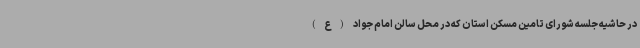
در حاشیه جلسه شورای تامین مسکن استان که در محل سالن امام جواد (ع)